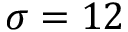
\sigma = 1 2